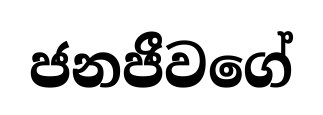
ජනජීවගේ